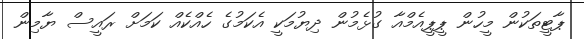
ޕާޓީތަކުން މީހުން ޕީޕީއެމްއާ ގުޅެމުން ދިޔުމަކީ އެކަމުގެ ހެއްކެއް ކަމަށް ރައީސް ޔާމިން